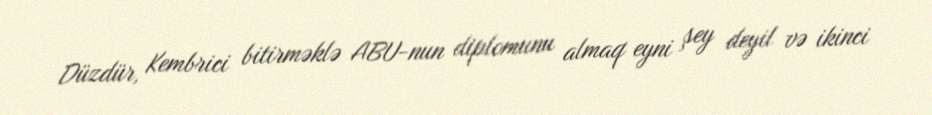
Düzdür, Kembrici bitirməklə ABU-nun diplomunu almaq eyni şey deyil və ikinci